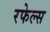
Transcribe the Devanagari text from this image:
रफेल्स